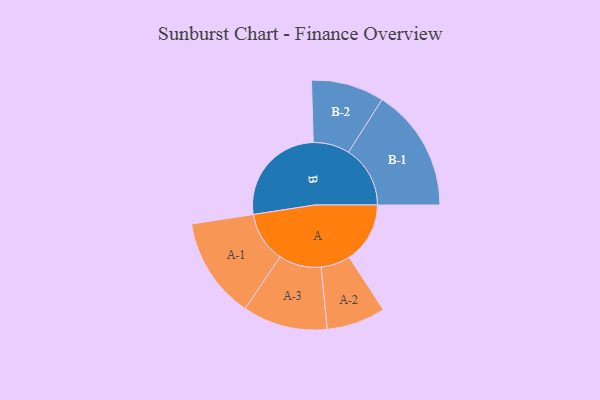
{"axis": {"x": "Segment", "y": "Value"}, "legend": ["", "A", "B"], "data": [{"x": "A", "y": 227, "type": ""}, {"x": "B", "y": 388, "type": ""}, {"x": "A-1", "y": 189, "type": "A"}, {"x": "A-2", "y": 110, "type": "A"}, {"x": "A-3", "y": 158, "type": "A"}, {"x": "B-1", "y": 230, "type": "B"}, {"x": "B-2", "y": 136, "type": "B"}]}